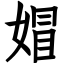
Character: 媢